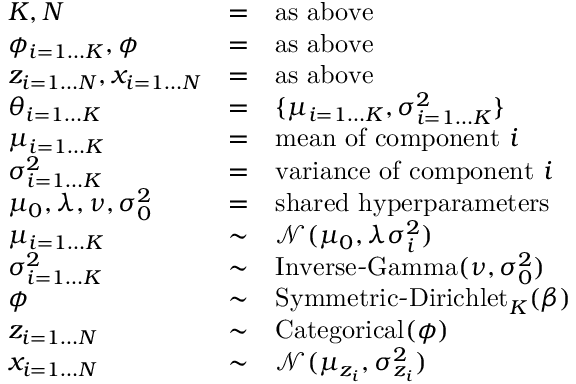
{ \begin{array} { l c l } { K , N } & { = } & { { \mathrm { a s ~ a b o v e } } } \\ { \phi _ { i = 1 \dots K } , { \boldsymbol { \phi } } } & { = } & { { \mathrm { a s ~ a b o v e } } } \\ { z _ { i = 1 \dots N } , x _ { i = 1 \dots N } } & { = } & { { \mathrm { a s ~ a b o v e } } } \\ { \theta _ { i = 1 \dots K } } & { = } & { \{ \mu _ { i = 1 \dots K } , \sigma _ { i = 1 \dots K } ^ { 2 } \} } \\ { \mu _ { i = 1 \dots K } } & { = } & { { \mathrm { m e a n ~ o f ~ c o m p o n e n t ~ } } i } \\ { \sigma _ { i = 1 \dots K } ^ { 2 } } & { = } & { { \mathrm { v a r i a n c e ~ o f ~ c o m p o n e n t ~ } } i } \\ { \mu _ { 0 } , \lambda , \nu , \sigma _ { 0 } ^ { 2 } } & { = } & { { \mathrm { s h a r e d ~ h y p e r p a r a m e t e r s } } } \\ { \mu _ { i = 1 \dots K } } & { \sim } & { { \mathcal { N } } ( \mu _ { 0 } , \lambda \sigma _ { i } ^ { 2 } ) } \\ { \sigma _ { i = 1 \dots K } ^ { 2 } } & { \sim } & { \operatorname { I n v e r s e - G a m m a } ( \nu , \sigma _ { 0 } ^ { 2 } ) } \\ { { \boldsymbol { \phi } } } & { \sim } & { \operatorname { S y m m e t r i c - D i r i c h l e t } _ { K } ( \beta ) } \\ { z _ { i = 1 \dots N } } & { \sim } & { \operatorname { C a t e g o r i c a l } ( { \boldsymbol { \phi } } ) } \\ { x _ { i = 1 \dots N } } & { \sim } & { { \mathcal { N } } ( \mu _ { z _ { i } } , \sigma _ { z _ { i } } ^ { 2 } ) } \end{array} }